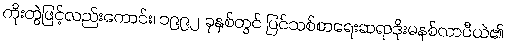
ကိုးတွဲဖြင့်လည်းကောင်း၊ ၁၉၉၂ ခုနှစ်တွင် ပြင်သစ်စာရေးဆရာဒိုးမနစ်လာပီယဲ၏